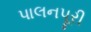
પાલનપૂરી